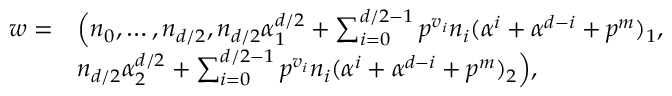
\begin{array} { r l } { w = } & { \Big ( n _ { 0 } , \ldots , n _ { d / 2 } , n _ { d / 2 } \alpha _ { 1 } ^ { d / 2 } + \sum _ { i = 0 } ^ { d / 2 - 1 } p ^ { v _ { i } } n _ { i } ( \alpha ^ { i } + \alpha ^ { d - i } + p ^ { m } ) _ { 1 } , } \\ & { n _ { d / 2 } \alpha _ { 2 } ^ { d / 2 } + \sum _ { i = 0 } ^ { d / 2 - 1 } p ^ { v _ { i } } n _ { i } ( \alpha ^ { i } + \alpha ^ { d - i } + p ^ { m } ) _ { 2 } \Big ) , } \end{array}